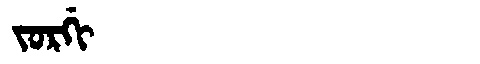
Manchu: ᠵᠣᡵᡤᡳ
Romanization: JORGI